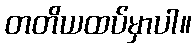
တတိယထပ်မှာပါ။